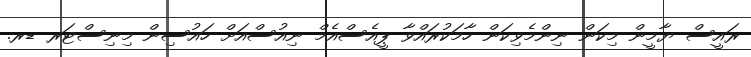
ރައީސް ޔާމީން މިކަން ނިންމެވިކަން ހާމަކުރައްވާ ޕީއެސްއެމް ނިއުސްއަށް ހައުސިން މިނިސްޓަރ ޑރ.